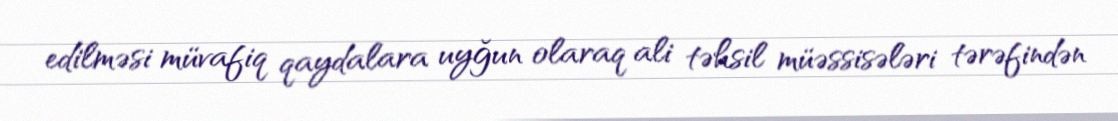
edilməsi müvafiq qaydalara uyğun olaraq ali təhsil müəssisələri tərəfindən